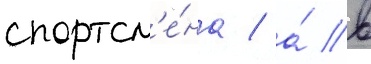
спортсм'е́на / а́ в